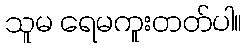
သူမ ရေမကူးတတ်ပါ။